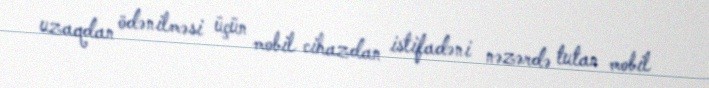
uzaqdan ödənilməsi üçün mobil cihazdan istifadəni nəzərdə tutan mobil